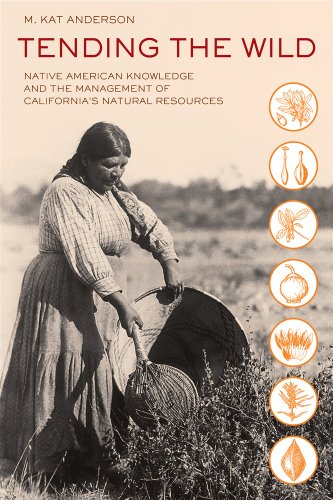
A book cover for Tending the Wild: Native American Knowledge and the Management of California's Natural Resources; M. Kat Anderson; Science & Math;